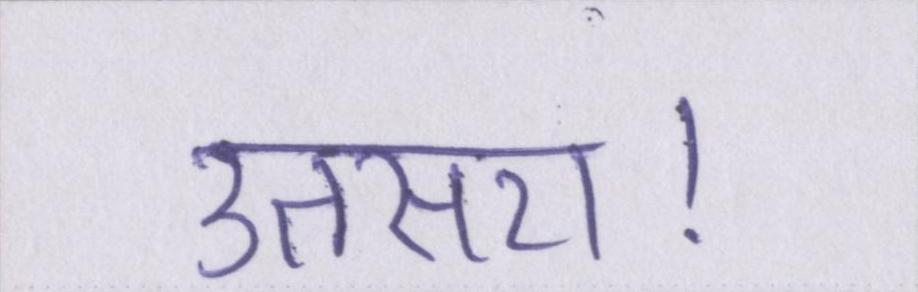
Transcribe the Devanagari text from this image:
उतसरा।